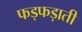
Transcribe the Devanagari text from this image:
फड़फड़ाती